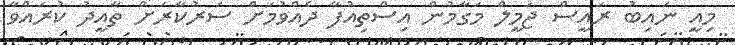
މިއީ ނައިބު ރައީސް ޖަމީލް މަގާމުން އިސްތިއުފާ ދެއްވުމަށް ސަރުކާރަށް ތާއީދު ކުރައްވާ